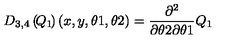
{ { D } _ { 3 , 4 } } \left( \! { { Q } _ { 1 } } \! \right) ( { x } , { y } , { \theta 1 } , { \theta 2 } ) = { \frac { { \partial } ^ { 2 } } { { \partial } { \theta 2 } { \partial } { \theta 1 } } } { { Q } _ { 1 } }